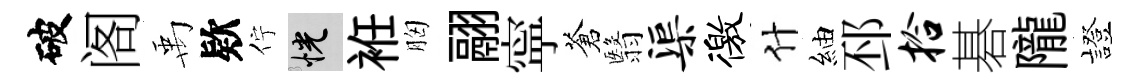
破阁禹欵佇恍袵胸翮寜蒼翳渠徼什紬邳拾碁隴發